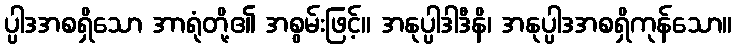
ပ္ပါဒအစရှိသော အာရုံတို့၏ အစွမ်းဖြင့်။ အနုပ္ပါဒါဒီနိ၊ အနုပ္ပါဒအစရှိကုန်သော။